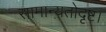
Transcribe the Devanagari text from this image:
सामान्यतोदृष्ट।